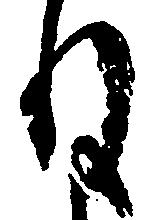
ね